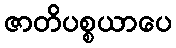
ဇာတိပစ္စယာပေ